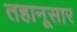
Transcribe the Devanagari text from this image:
तहानूसार